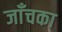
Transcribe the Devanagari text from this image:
जाँचका